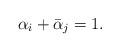
LaTeX: \begin{align*}\alpha_i+\bar{\alpha}_j=1.\end{align*}